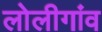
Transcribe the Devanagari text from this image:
लोलीगांव